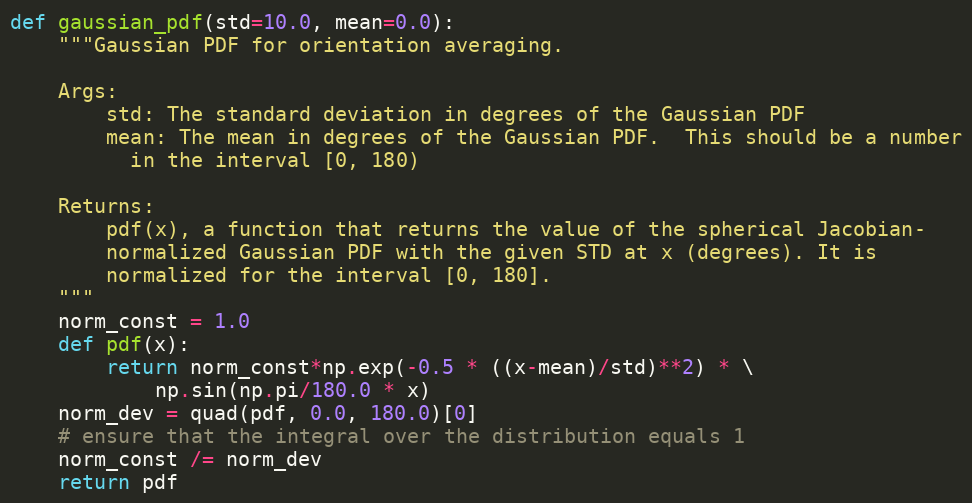
Language: Python
def gaussian_pdf(std=10.0, mean=0.0):
    """Gaussian PDF for orientation averaging.

    Args:
        std: The standard deviation in degrees of the Gaussian PDF
        mean: The mean in degrees of the Gaussian PDF.  This should be a number
          in the interval [0, 180)

    Returns:
        pdf(x), a function that returns the value of the spherical Jacobian-
        normalized Gaussian PDF with the given STD at x (degrees). It is
        normalized for the interval [0, 180].
    """
    norm_const = 1.0
    def pdf(x):
        return norm_const*np.exp(-0.5 * ((x-mean)/std)**2) * \
            np.sin(np.pi/180.0 * x)
    norm_dev = quad(pdf, 0.0, 180.0)[0]
    # ensure that the integral over the distribution equals 1
    norm_const /= norm_dev
    return pdf